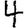
Digit: 4